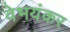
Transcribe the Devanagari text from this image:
वेभयंकर